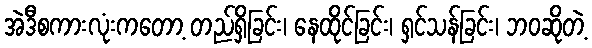
အဲဒီစကားလုံးကတော့ တည်ရှိခြင်း၊ နေထိုင်ခြင်း၊ ရှင်သန်ခြင်း၊ ဘဝဆိုတဲ့